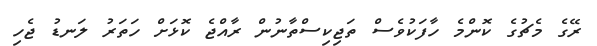
ރޭގެ މެޗުގެ ކޮންމެ ހާފަކުވެސް ތަޖިކިސްތާނުން ރާއްޖެ ކޮޅަށް ހަތަރު ލަނޑު ޖެހި